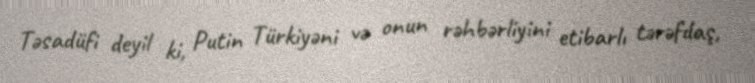
Təsadüfi deyil ki, Putin Türkiyəni və onun rəhbərliyini etibarlı tərəfdaş,